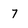
Character: 7